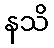
နသိ